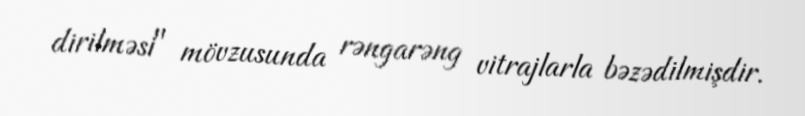
dirilməsi" mövzusunda rəngarəng vitrajlarla bəzədilmişdir.